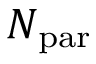
N _ { \mathrm { p a r } }